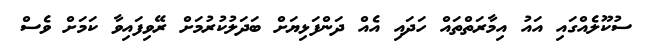
ސުކޫލެއްގައި އައު އިމާރަތްތައް ހަދައި އެއް ދަންފަޅިޔަށް ބަދަލުކުރުމަށް ރޭވިފައިވާ ކަމަށް ވެސް